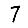
Digit: 7